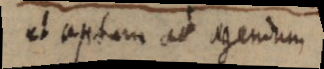
et aptam ad agendum